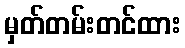
မှတ်တမ်းတင်ထား